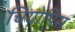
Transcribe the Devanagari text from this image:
चियोपिस